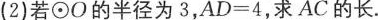
(2)若\odot O的半径为3，$$A D = 4$$，求AC的长。